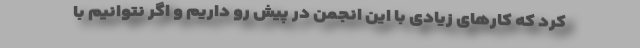
کرد که کارهای زیادی با این انجمن در پیش رو داریم و اگر نتوانیم با